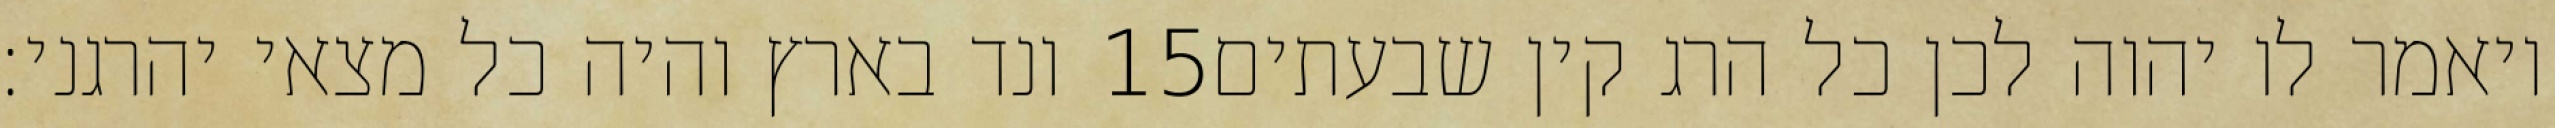
ונד בארץ והיה כל מצאי יהרגני׃ ‎15‏ ויאמר לו יהוה לכן כל הרג קין שבעתים